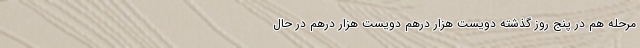
مرحله هم در پنج روز گذشته دویست هزار درهم دویست هزار درهم در حال